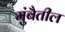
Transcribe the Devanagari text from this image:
मुंबैतील